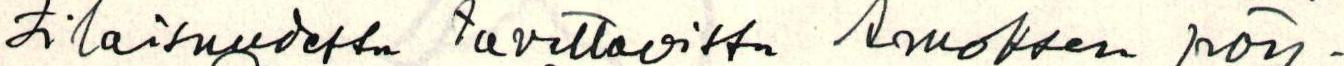
tilaisuudessa tavattavissa Amoksen pöy-